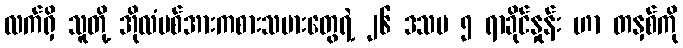
လက်ရှိ သူတို့ အိုလံပစ်အားကစားသမားတွေရဲ့ ၂၆ ဒသမ ၅ ရာခိုင်နှုန်း ဟာ တနှစ်ကို